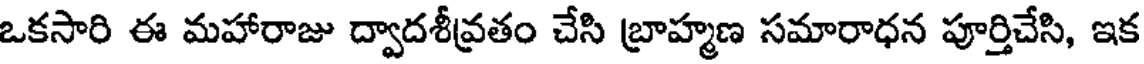
ఒకసారి ఈ మహారాజు ద్వాదశీవ్రతం చేసి బ్రాహ్మణ సమారాధన పూర్తిచేసి, ఇక